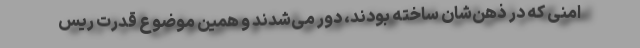
امنی که در ذهن‌شان ساخته بودند، دور می‌شدند و همین موضوع قدرت ریس